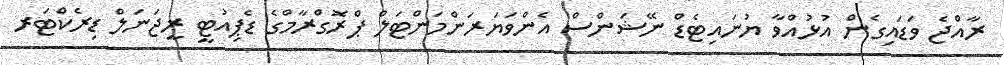
ރާއްޖެ ވަޑައިގެން އުޅުއްވާ ޔުނައިޓެޑް ނޭޝަންސް އެންވަޔަރަންމަންޓަލް ޕްރޮގްރާމްގެ ޑެޕިއުޓީ ރީޖަނަލް ޑިރެކްޓަރ